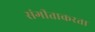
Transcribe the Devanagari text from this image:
संगीताकरता